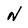
Character: N